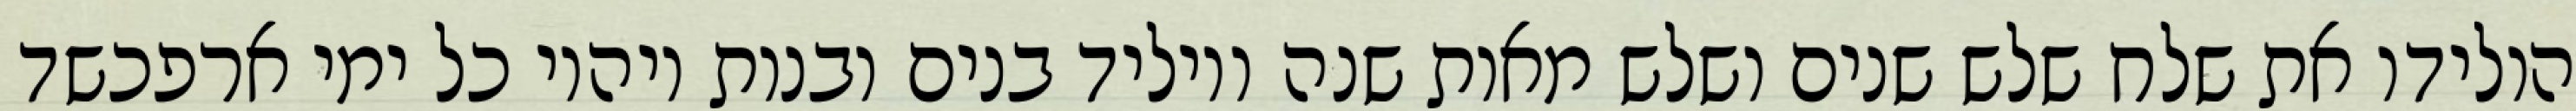
הולידו את שלח שלש שנים ושלש מאות שנה ויוליד בנים ובנות ויהיו כל ימי ארפכשד